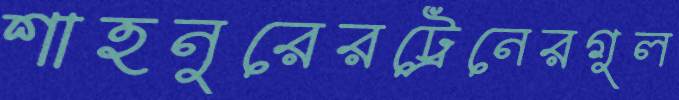
শাহনুরেরট্রেনেরগুল